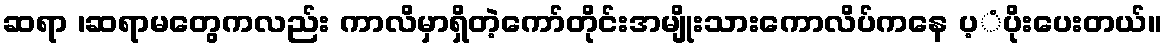
ဆရာ ၊ဆရာမတွေကလည်း ကာလိမှာရှိတဲ့ကော်တိုင်းအမျိုးသားကောလိပ်ကနေ ပ့ံပိုးပေးတယ်။